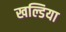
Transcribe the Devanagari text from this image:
खल्डिया